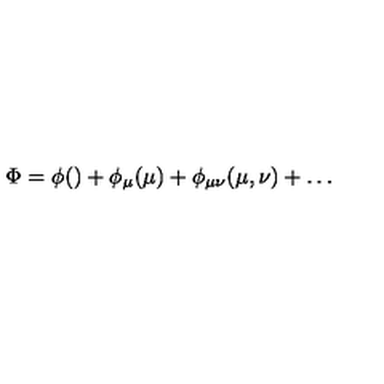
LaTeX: \Phi = \phi ( ) + \phi _ { \mu } ( \mu ) + \phi _ { \mu \nu } ( \mu , \nu ) + \ldots